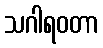
သဂါရဝတာ